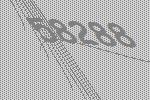
58288